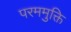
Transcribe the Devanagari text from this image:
परममुक्ति